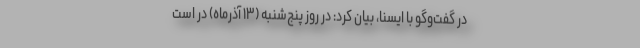
در گفت‌وگو با ایسنا، بیان کرد: در روز پنج‌شنبه (۱۳ آذرماه) در است